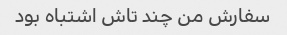
سفارش من چند تاش اشتباه بود